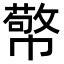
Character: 𭘷